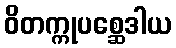
ဝိတက္ကုပစ္ဆေဒါယ